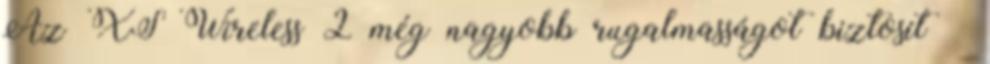
Az XS Wireless 2 még nagyobb rugalmasságot biztosít –